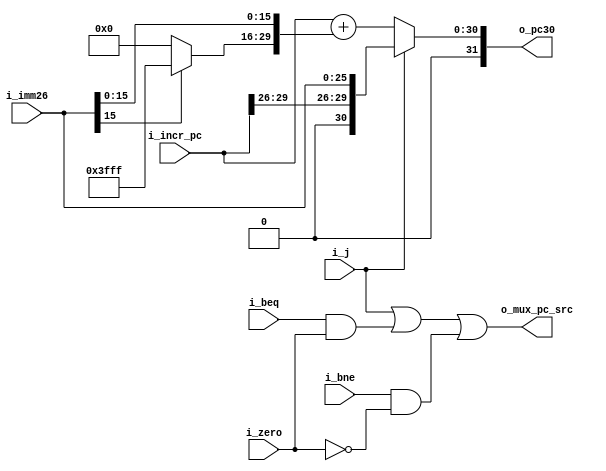
module next_pc(
        i_zero,
        i_j,
        i_beq,
        i_bne,
        i_incr_pc,
        i_imm26,
        o_mux_pc_src,
        o_pc30
    );

    input i_zero;
    input i_j;
    input i_beq;
    input i_bne;
    input [25:0] i_imm26;
    input [29:0] i_incr_pc;

    output o_mux_pc_src;
    output reg [31:0] o_pc30;

    assign o_mux_pc_src = (i_j) | (i_beq & i_zero) | (i_bne & ~i_zero);

    always@(*) begin 
        if (i_j) o_pc30 = {i_incr_pc[29:26], i_imm26};
        else o_pc30 = i_incr_pc + { (i_imm26[15]) ? 14'b11_1111_1111_1111 : 14'b0, i_imm26[15:0] };
    end

endmodule